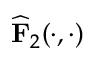
\widehat { \mathbf { F } } _ { 2 } ( \cdot , \cdot )